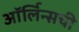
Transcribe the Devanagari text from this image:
ऑर्लिन्सची